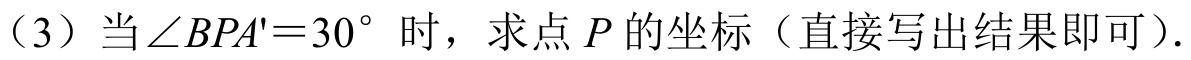
（3）当\(\angle BPA' = 30^{\circ}\) 时，求点 \(P\) 的坐标（直接写出结果即可）.